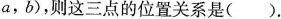
a ， b )$$，则这三点的位置关系是( ).